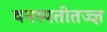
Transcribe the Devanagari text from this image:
वनस्पतीतज्‍ज्ञ